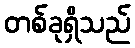
တစ်ခုရှိသည်